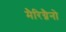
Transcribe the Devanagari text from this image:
मैरिग्नैनो